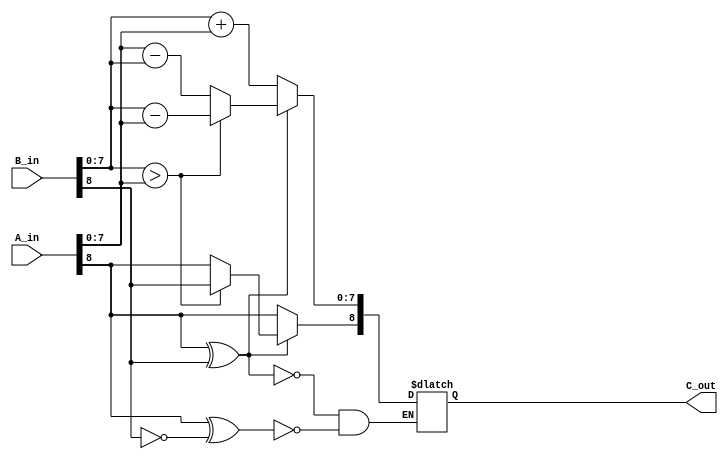

module adder_unit#(parameter WIDTH=9)
(//input declarations

input signed[WIDTH-1:0] A_in,input signed[WIDTH-1:0] B_in,

//output declarations
output reg signed[WIDTH-1:0] C_out);

always@(*)
begin
	if(A_in[WIDTH-1]^B_in[WIDTH-1]==0)
		begin
		C_out[WIDTH-2:0]<= B_in[WIDTH-2:0] + A_in[WIDTH-2:0];
		C_out[WIDTH-1]<= A_in[WIDTH-1];
		end
	if(A_in[WIDTH-1]^B_in[WIDTH-1]==1)
	//if({A_in[WIDTH-1]B_in[WIDTH-1]}==01)
		begin
		C_out[WIDTH-2:0] <= (B_in[WIDTH-2:0]>A_in[WIDTH-2:0])?(B_in[WIDTH-2:0]-A_in[WIDTH-2:0]):(A_in[WIDTH-2:0]-B_in[WIDTH-2:0]);
		C_out[WIDTH-1] <= (B_in[WIDTH-2:0]>A_in[WIDTH-2:0])?(B_in[WIDTH-1]):(A_in[WIDTH-1]);
		end
end
endmodule